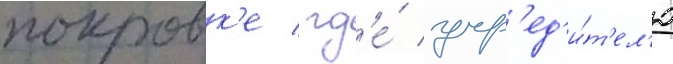
покровк'е / гд'е́ учр'ед'и́т'ел'ю